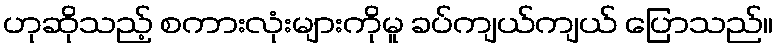
ဟုဆိုသည့် စကားလုံးများကိုမူ ခပ်ကျယ်ကျယ် ပြောသည်။